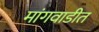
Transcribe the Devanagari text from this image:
मांगवाडीत